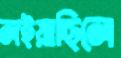
লইয়াছিলে